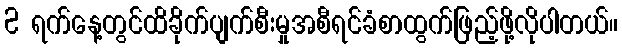
2 ရက်နေ့တွင်ထိခိုက်ပျက်စီးမှုအစီရင်ခံစာထွက်ဖြည့်ဖို့လိုပါတယ်။